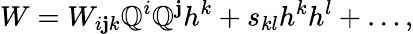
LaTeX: W=W_{i\mathbf{j}k}\mathbb{Q}^{i}\mathbb{Q}^{\mathbf{j}}h^{k}+s_{kl}h^{k}h^{l}+\dots,